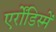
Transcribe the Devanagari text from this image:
एर्रोंडिस्में